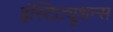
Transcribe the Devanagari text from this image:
इंस्टिट्यूशन्स